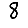
Digit: 8